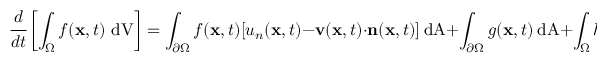
{ \cfrac { d } { d t } } \left[ \int _ { \Omega } f ( \mathbf { x } , t ) ~ { \mathrm { d V } } \right] = \int _ { \partial \Omega } f ( \mathbf { x } , t ) [ u _ { n } ( \mathbf { x } , t ) - \mathbf { v } ( \mathbf { x } , t ) \cdot \mathbf { n } ( \mathbf { x } , t ) ] ~ { \mathrm { d A } } + \int _ { \partial \Omega } g ( \mathbf { x } , t ) ~ { \mathrm { d A } } + \int _ { \Omega } h ( \mathbf { x } , t ) ~ { \mathrm { d V } } ~ .